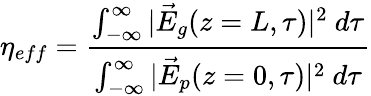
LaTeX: \eta_{eff}=\frac{\int_{-\infty}^{\infty}|\vec{E}_{g}(z=L,\tau)|^{2}~d\tau}{\int_{-\infty}^{\infty}|\vec{E}_{p}(z=0,\tau)|^{2}~d\tau}